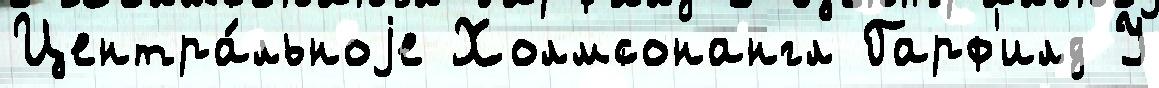
Центра́льноjе Холмсонангл Гарф'илд У